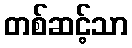
တစ်ဆင့်သာ